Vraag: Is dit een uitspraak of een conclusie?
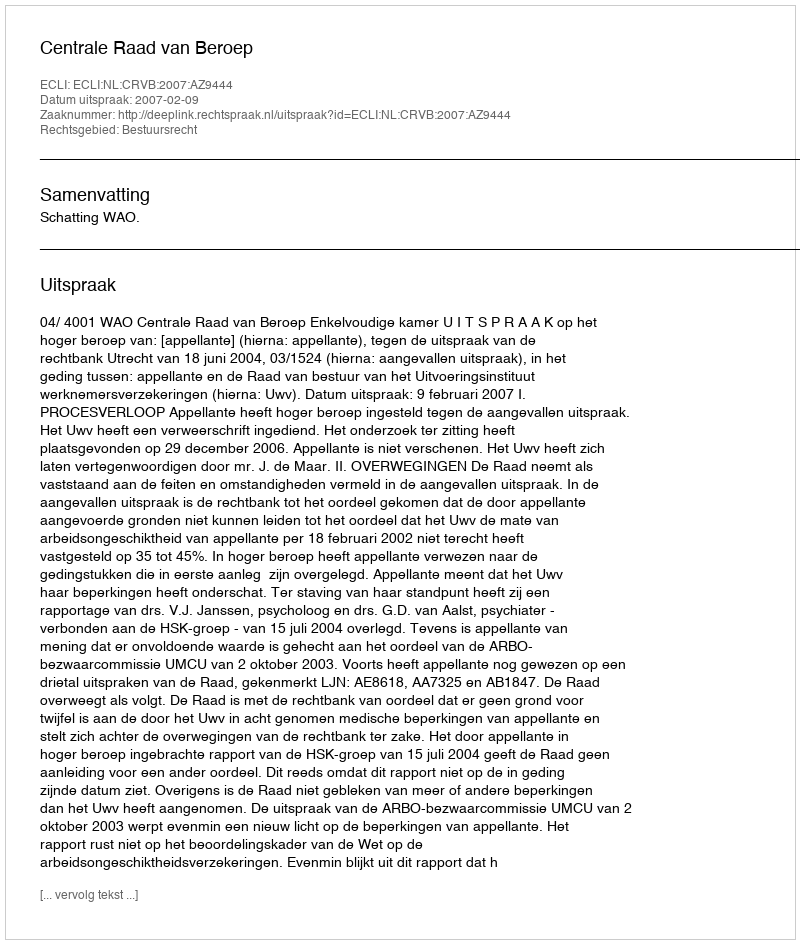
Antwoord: Uitspraak